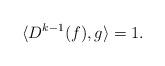
LaTeX: \begin{align*}\langle D^{k-1}(f), g\rangle=1.\end{align*}